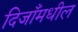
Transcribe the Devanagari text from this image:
दिजाँमधील